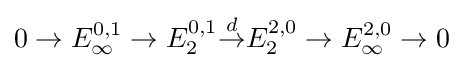
0\to E_{\infty }^{0,1}\to E_{2}^{0,1}{\overset {d}{\to }}E_{2}^{2,0}\to E_{\infty }^{2,0}\to 0